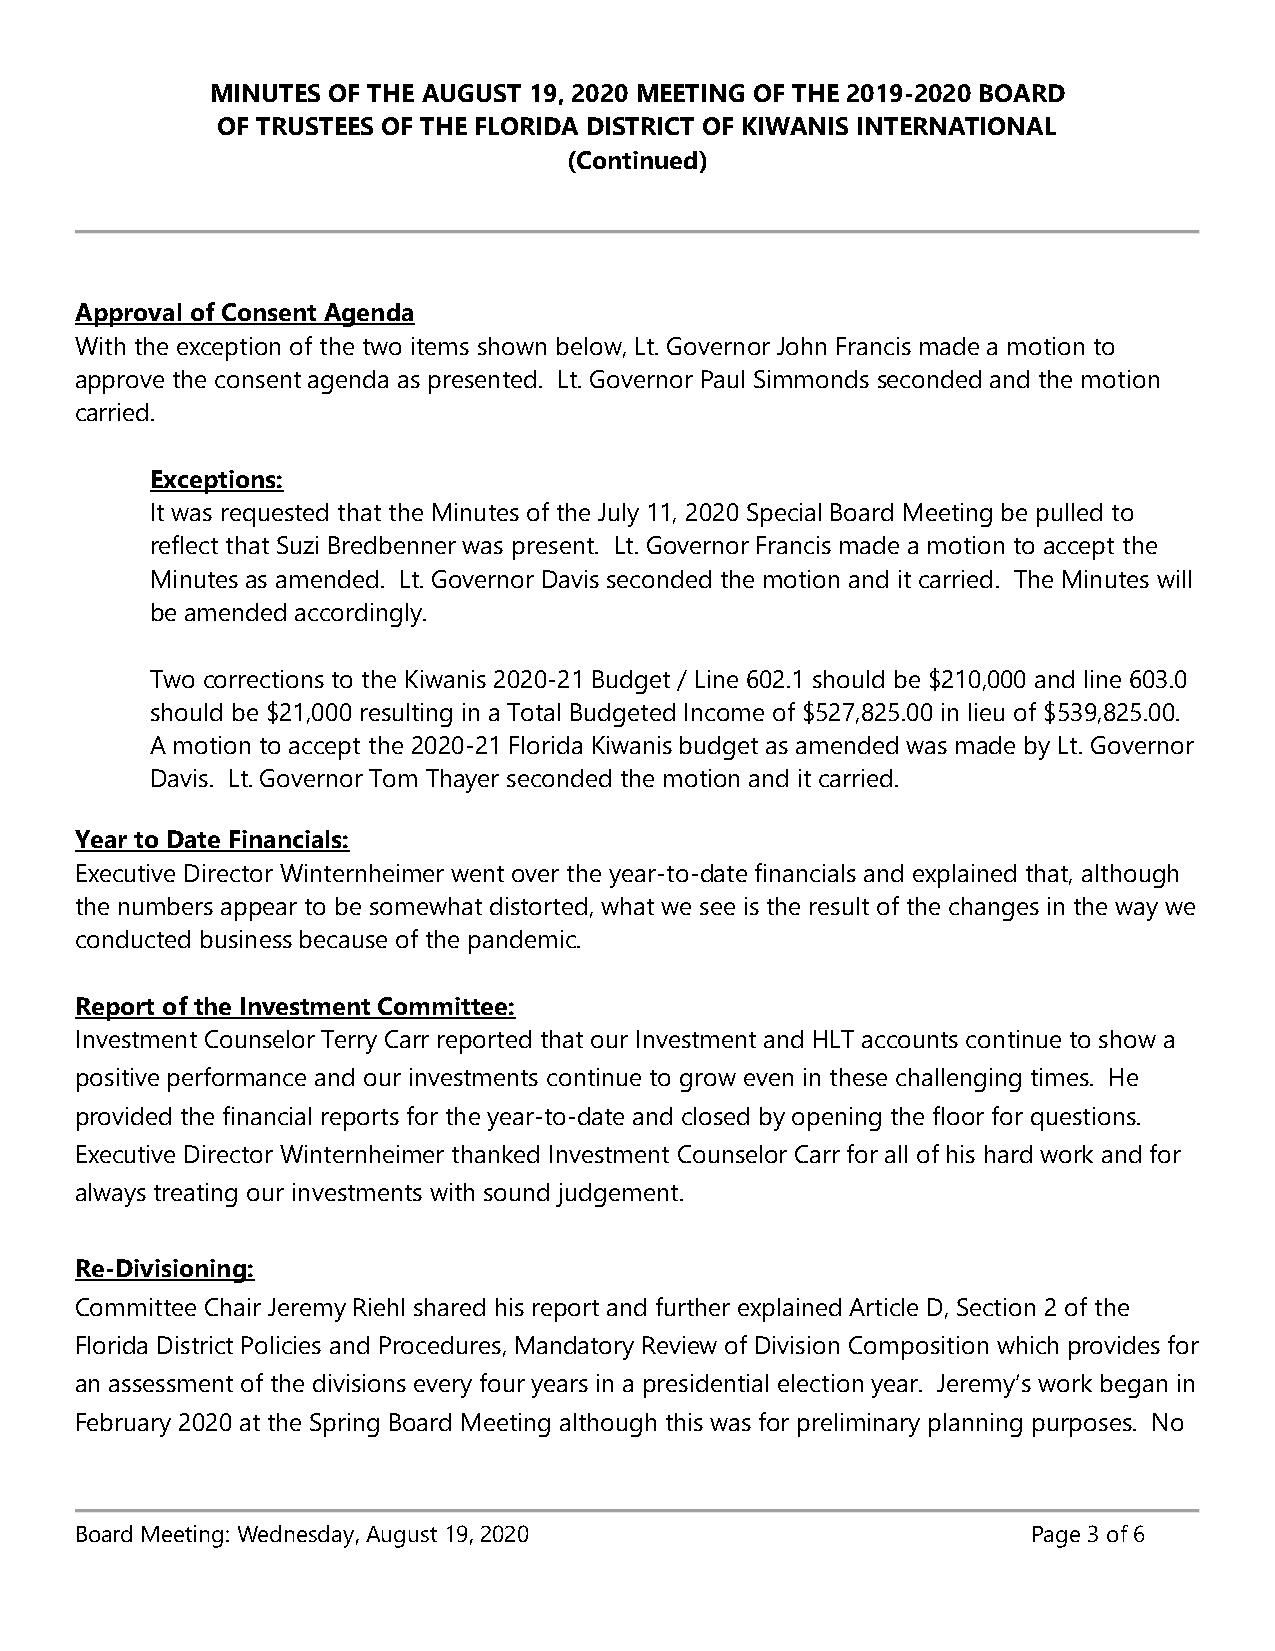
MINUTES OF THE AUGUST 19, 2020 MEETING OF THE 2019-2020 BOARD
 OF TRUSTEES OF THE FLORIDA DISTRICT OF KIWANIS INTERNATIONAL
 (Continued)
 Approval of Consent Agenda
 With the exception of the two items shown below, Lt. Governor John Francis made a motion to
 approve the consent agenda as presented. Lt. Governor Paul Simmonds seconded and the motion
 carried.
 Exceptions:
 It was requested that the Minutes of the July 11, 2020 Special Board Meeting be pulled to
 reflect that Suzi Bredbenner was present. Lt. Governor Francis made a motion to accept the
 Minutes as amended. Lt. Governor Davis seconded the motion and it carried. The Minutes will
 be amended accordingly.
 Two corrections to the Kiwanis 2020-21 Budget / Line 602.1 should be $210,000 and line 603.0
 should be $21,000 resulting in a Total Budgeted Income of $527,825.00 in lieu of $539,825.00.
 A motion to accept the 2020-21 Florida Kiwanis budget as amended was made by Lt. Governor
 Davis. Lt. Governor Tom Thayer seconded the motion and it carried.
 Year to Date Financials:
 Executive Director Winternheimer went over the year-to-date financials and explained that, although
 the numbers appear to be somewhat distorted, what we see is the result of the changes in the way we
 conducted business because of the pandemic.
 Report of the Investment Committee:
 Investment Counselor Terry Carr reported that our Investment and HLT accounts continue to show a
 positive performance and our investments continue to grow even in these challenging times. He
 provided the financial reports for the year-to-date and closed by opening the floor for questions.
 Executive Director Winternheimer thanked Investment Counselor Carr for all of his hard work and for
 always treating our investments with sound judgement.
 Re-Divisioning:
 Committee Chair Jeremy Riehl shared his report and further explained Article D, Section 2 of the
 Florida District Policies and Procedures, Mandatory Review of Division Composition which provides for
 an assessment of the divisions every four years in a presidential election year. Jeremy’s work began in
 February 2020 at the Spring Board Meeting although this was for preliminary planning purposes. No
 Board Meeting: Wednesday, August 19, 2020                      Page 3 of 6